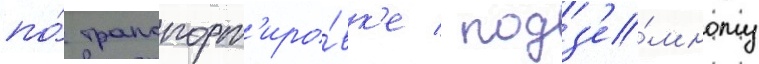
по́ транспорт'иро́вк'е / подз'е́мному